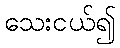
သေးငယ်၍